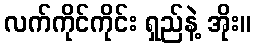
လက်ကိုင်ကိုင်း ရှည်နဲ့ အိုး။